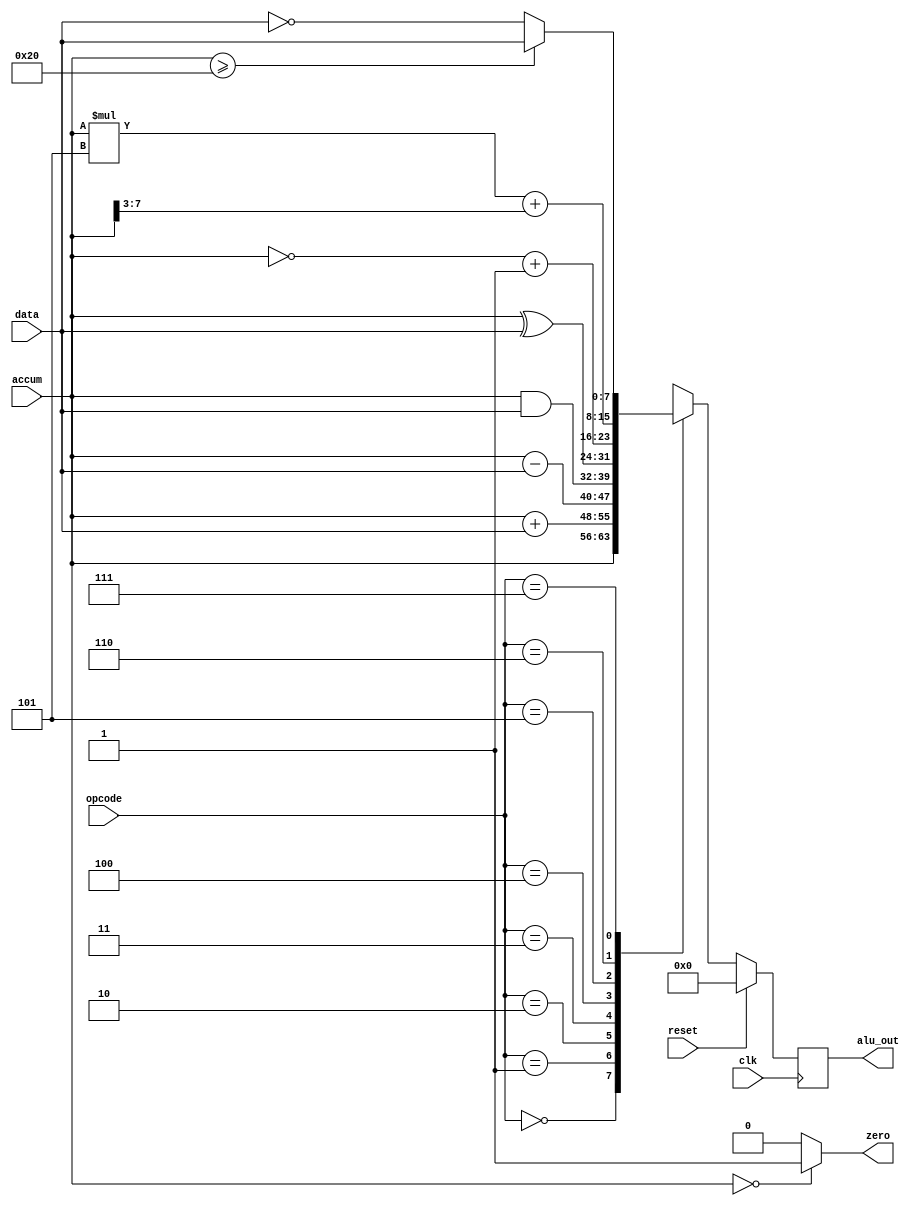
module alu(alu_out, accum, data, opcode, zero, clk, reset);
input 		clk, reset;
input 	[7:0] 	accum, data;
input 	[2:0] 	opcode;
output 	reg [7:0] 	 alu_out;
output 		zero;

always@(posedge clk)
begin
    if(reset) alu_out <= 0;
    else
    begin
        case(opcode)
            3'b000: alu_out <= accum;
            3'b001: alu_out <= accum + data;
            3'b010: alu_out <= accum - data;
            3'b011: alu_out <= accum & data;
            3'b100: alu_out <= accum ^ data;
            3'b101: alu_out <= ~accum + 1;
            3'b110: alu_out <= accum*5 + (accum>>3);
            3'b111: alu_out <= (accum >= 8'd32) ? data : ~data;//1's complement 
            default:
            alu_out <= 8'b0;
        endcase
    end
end

assign zero = (accum  == 0 ) ? 1 : 0;//when accum equal 0, zero =1, else zero =0

endmodule